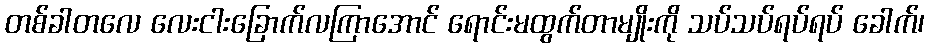
တစ်ခါတလေ လေးငါးခြောက်လကြာအောင် ရောင်းမထွက်တာမျိုးကို သပ်သပ်ရပ်ရပ် ခေါက်၊